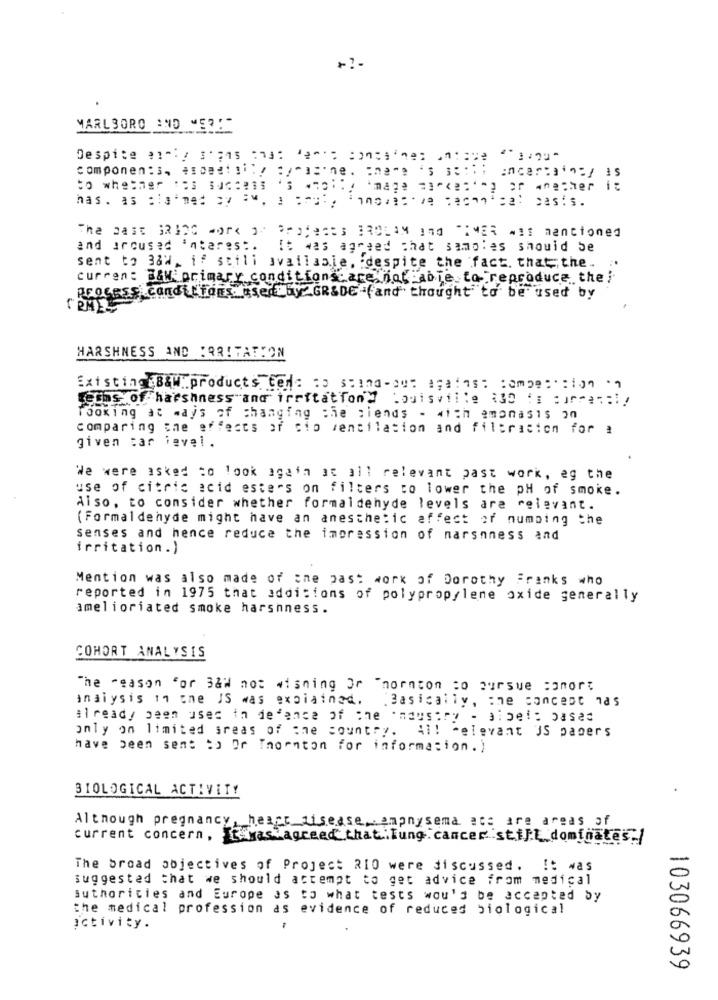
MARLBORO AND MER:"
componen: 3, 4108411: "/"a='ne. "na"e 's ;;;;
image marketing or anether it
has. as cia med by aw. : cool, innovative Technical casts.
The past GRING work or Protects BROLAM and TIMER mit mentioned
and ircused interes :.
It was agreed that samples should be
sent to 38W, if stili available, despite the fact. that the ..
current B&W primary conditionsare not able to reproduce the
Process conditions used by GR&DE -(and thought to be used by
HARSHNESS AND IRRITATION
Existing88productse: : : mpe:':100 ·
Leths of harshness and irritatTon'y Louisville 130 :: : irren :! !
looking at ways of changing che ciends - 4ich amonasis on
comparing the effects of cio ventilation and filtration for a
given car ievel.
We were asked to look again at all relevant past work, eg the
use of citric acid esters on filters to lower the pH of smoke.
Also, to consider whether formaldehyde levels are relevant.
(Formaldehyde might have an anesthetic affect of numbing the
senses and hence reduce the impression of marsnness and
irritation.)
Mention was also made of the past work of Dorothy Franks who
reported in 1975 that additions of polypropylene oxide generally
amelioriated smoke harshness.
COHORT ANALYSIS
The reason for 3&W not wishing Or Thornton to pursue comor
analysis in one JS was explained.
Basically, the concept nas
already been used in defence of che mausory - albeit based
only on limited areas of one country. All relevant US pagers
have been sent to Or Thornton for information.)
BIOLOGICAL ACTIVITY
Although pregnancy, heart disease ampnysema ats are areas of
current concern, was agreed that. lung cancer still dominates:)
The broad objectives of Project 210 were discussed. It was
suggested that we should attempt to get advice from medical
authorities and Europe as to what tests would be accepted by
the medical profession as evidence of reduced biological
activity.
103066939